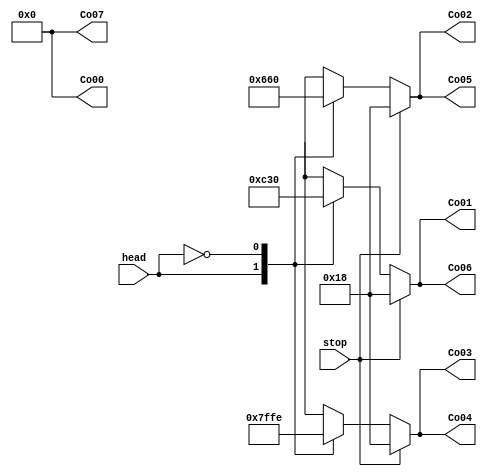
module LEDDecoder(stop,head,Co00,Co01,Co02,Co03,Co04,Co05,Co06,Co07);
	input stop,head;
	output [7:0] Co00,Co01,Co02,Co03,Co04,Co05,Co06,Co07;
	reg [7:0] Co00,Co01,Co02,Co03,Co04,Co05,Co06,Co07;
	always @ (*)
	begin
		if(stop)	begin
				Co00 = 8'b0000_0000;
				Co01 = 8'b0001_1000;
				Co02 = 8'b0001_1000;
				Co03 = 8'b0001_1000;
				Co04 = 8'b0001_1000;
				Co05 = 8'b0001_1000;
				Co06 = 8'b0001_1000;
				Co07 = 8'b0000_0000;
		end
		else
		case(head)
		1'b1:	begin
				Co00 = 8'b0000_0000;
				Co01 = 8'b0000_1100;
				Co02 = 8'b0000_0110;
				Co03 = 8'b0111_1111;
				Co04 = 8'b0111_1111;
				Co05 = 8'b0000_0110;
				Co06 = 8'b0000_1100;
				Co07 = 8'b0000_0000;
		end
		1'b0:	begin
				Co00 = 8'b0000_0000;
				Co01 = 8'b0011_0000;
				Co02 = 8'b0110_0000;
				Co03 = 8'b1111_1110;
				Co04 = 8'b1111_1110;
				Co05 = 8'b0110_0000;
				Co06 = 8'b0011_0000;
				Co07 = 8'b0000_0000;
		end
		endcase
	end
endmodule